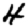
Digit: 4